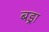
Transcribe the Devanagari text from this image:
बड्रा